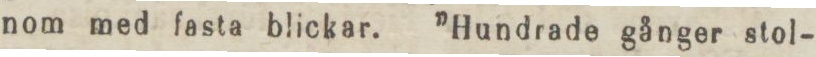
nom med fasta blickar. ”Hundrade gånger stol-